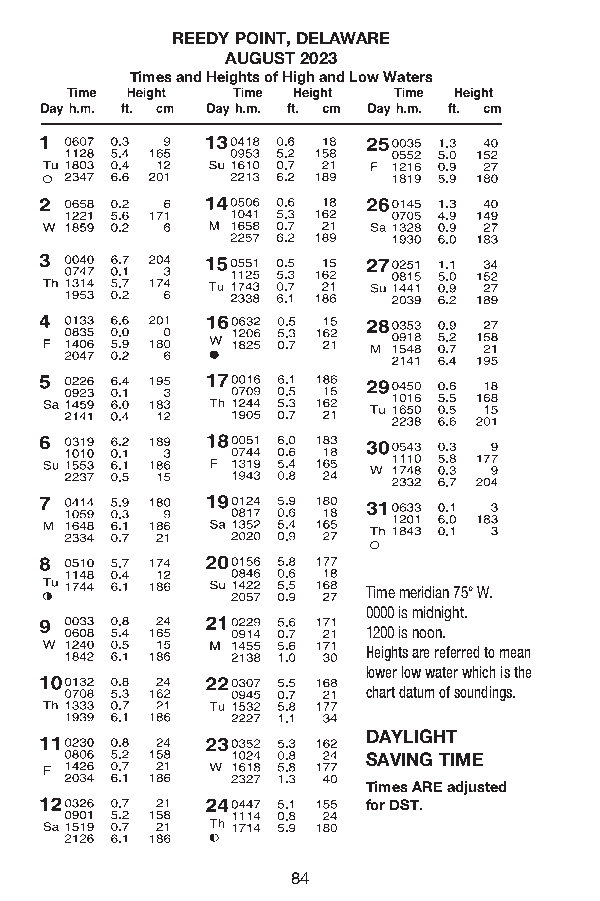
REEDY POINT, DELAWARE
 AUGUST 2023
 Times and Heights of High and Low Waters
 Time meridian 75° W.
 0000 is midnight.
 1200 is noon.
 Heights are referred to mean
 lower low water which is the
 chart datum of soundings.
 DAYLIGHT
 SAVING TIME
 Times ARE adjusted
 for DST.
 84